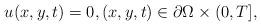
LaTeX: \begin{align*} u(x,y,t)=0,(x,y,t)\in\partial\Omega\times (0,T], \end{align*}